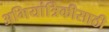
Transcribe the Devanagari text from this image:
अभियांत्रिकीसाठी